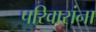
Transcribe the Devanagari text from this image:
परिवारांना